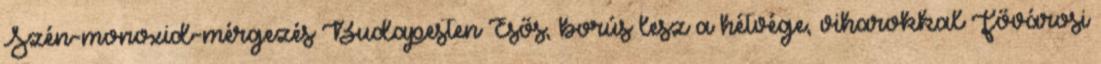
Szén-monoxid-mérgezés Budapesten Esős, borús lesz a hétvége, viharokkal Fővárosi